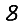
Digit: 8